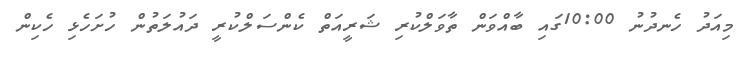
މިއަދު ހެނދުނު 10:00ގައި ބާއްވަން ތާވަލްކުރި ޝަރީއަތް ކެންސަލްކުރީ ދައުލަތުން ހުށަހެޅި ހެކިން